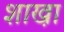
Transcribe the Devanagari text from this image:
शाखा़